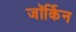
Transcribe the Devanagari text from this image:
जॉर्किन